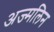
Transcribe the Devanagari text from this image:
अज्मलिन